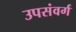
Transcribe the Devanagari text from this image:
उपसंवर्ग